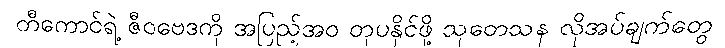
တီကောင်ရဲ့ ဇီဝဗေဒကို အပြည့်အဝ တုပနိုင်ဖို့ သုတေသန လိုအပ်ချက်တွေ